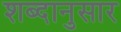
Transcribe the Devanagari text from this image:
शब्दानुसार